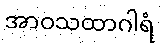
အာဝသထာဂါရံ